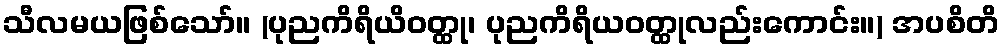
သီလမယဖြစ်သော်။ (ပုညကိရိယိဝတ္ထု၊ ပုညကိရိယဝတ္ထုလည်းကောင်း။) အပစိတိ